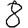
Digit: 8